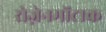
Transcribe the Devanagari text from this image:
रोज़ेनमोंटाक